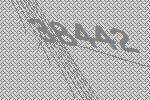
38442